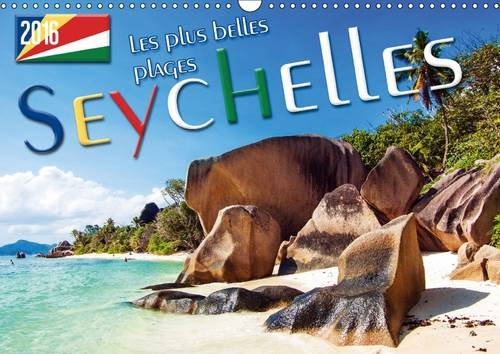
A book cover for Seychelles - Les Plus Belles Plages, Soleil, Mer et Sable.: Soleil, Mer et Sable. Les Plus Belles Plages des Seychelles. (Calvendo Nature) (French Edition); Max Steinwald; Travel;